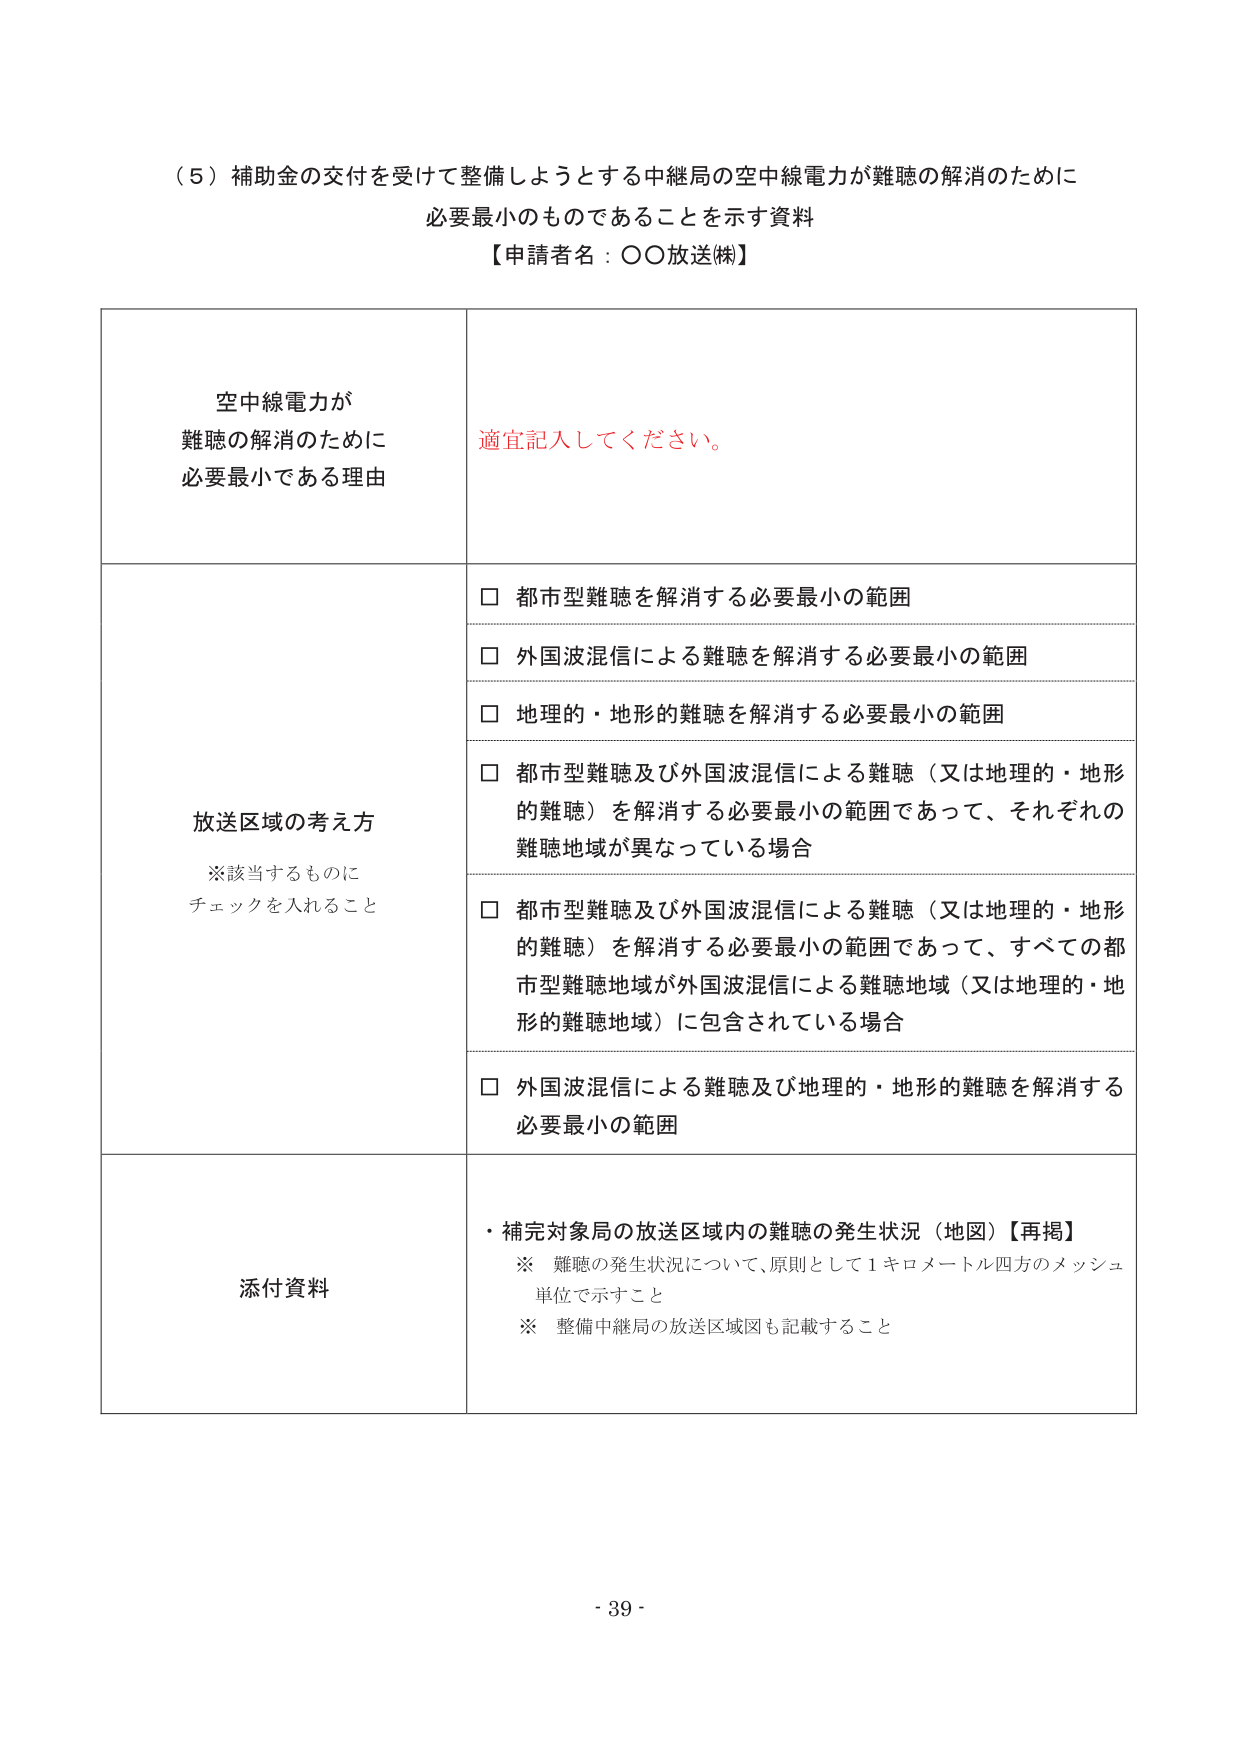
（５）補助金の交付を受けて整備しようとする中継局の空中線電力が難聴の解消のために
必要最小のものであることを示す資料
【申請者名：○○放送㈱】

空中線電力が
難聴の解消のために
必要最小である理由
適宜記入してください。

放送区域の考え方
※該当するものに
チェックを入れること
□ 都市型難聴を解消する必要最小の範囲
□ 外国波混信による難聴を解消する必要最小の範囲
□ 地理的・地形的難聴を解消する必要最小の範囲
□ 都市型難聴及び外国波混信による難聴（又は地理的・地形的難聴）を解消する必要最小の範囲であって、それぞれの難聴地域が異なっている場合
□ 都市型難聴及び外国波混信による難聴（又は地理的・地形的難聴）を解消する必要最小の範囲であって、すべての都市型難聴地域が外国波混信による難聴地域（又は地理的・地形的難聴地域）に包含されている場合
□ 外国波混信による難聴及び地理的・地形的難聴を解消する必要最小の範囲

添付資料
・補完対象局の放送区域内の難聴の発生状況（地図）【再掲】
※ 難聴の発生状況について、原則として１キロメートル四方のメッシュ単位で示すこと
※ 整備中継局の放送区域図も記載すること

- 39 -